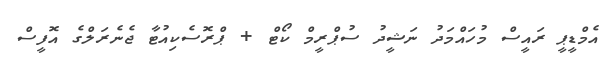
އެމްޑީޕީ ރައީސް މުހައްމަދު ނަޝީދު ސުޕްރީމް ކޯޓް + ޕްރޮސެކިއުޓާ ޖެނެރަލްގެ އޮފީސް